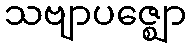
သဗျာပဇ္ဈော